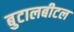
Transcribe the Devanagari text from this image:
बुटालबीटल